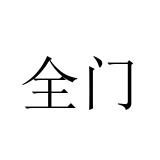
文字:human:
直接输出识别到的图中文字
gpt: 全门